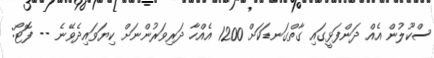
ސްކޫލުން އެއް ދަންފަޅީގައި ގާތްގަނޑަކަށް 1200 އެއްހާ ދަރިވަރުންނަށް ކިޔަވައިދެވޭނެ -- ފޮޓޯ: